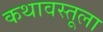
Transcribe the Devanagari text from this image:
कथावस्तूला